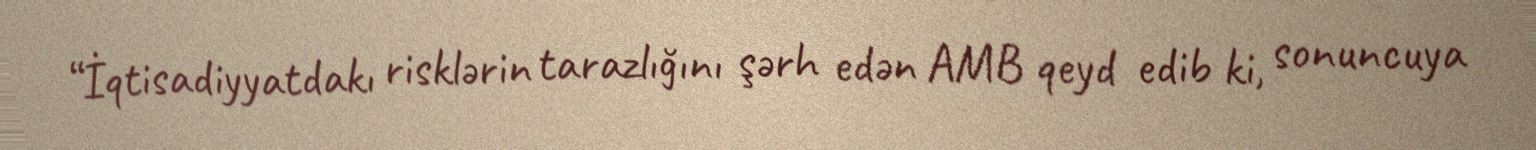
“İqtisadiyyatdakı risklərin tarazlığını şərh edən AMB qeyd edib ki, sonuncuya